Indian journal of veterinary science and animal husbandry - Volume 12,
Year: 1942
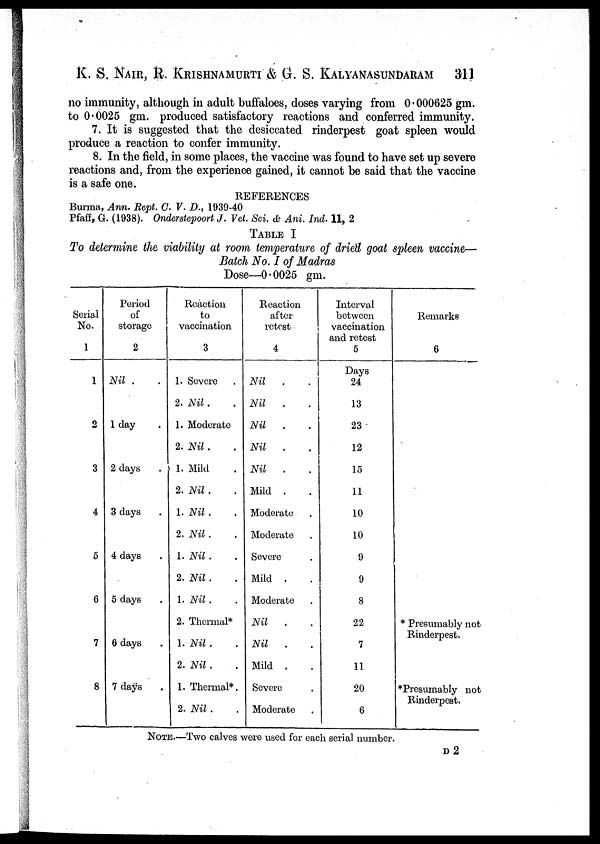
K. S. NAIR, R. KRISHNAMURTI & G. S. KALYANASUNDARAM 311
no immunity, although in adult buffaloes, doses varying from 0.000625 gm.
to 0.0025 gm. produced satisfactory reactions and conferred immunity.
7. It is suggested that the desiccated rinderpest goat spleen would
produce a reaction to confer immunity.
8. In the field, in some places, the vaccine was found to have set up severe
reactions and, from the experience gained, it cannot be said that the vaccine
is a safe one.
REFERENCES
Burma, Ann. Rept. C. V. D., 1939-40
Pfaff, G. (1938). Onderstepoort J. Vet. Sci. & Ani. Ind. 11, 2
TABLE I
To determine the viability at room temperature of dried goat spleen vaccine—
Batch No. I of Madras
Dose—0.0025 gm.
Serial
No.
1
1
2
3
4
5
6
7
8
Period
of
storage
2
Nil . .
1 day
2 days
3 days
4 days
5 days
6 days
7 days
Reaction
to
vaccination
3
1. Severe
2. Nil.
1. Moderate
2. Nil .
1. Mild
2. Nil .
1. Nil.
2. Nil .
1. Nil .
2. Nil .
1. Nil .
2. Thermal*
1. Nil . .
2. Nil . .
1. Thermal*.
2. Nil .
Reaction
after
retest
4
Nil
.
Nil
.
Nil
.
Nil
.
Nil
.
Mild .
Moderate .
Moderate .
Severe .
Mild .
Moderate
Nil . .
Nil . .
Mild .
Severe
Moderate .
Interval
between
vaccination
and retest
5
Days
24
13
23
12
15
11
10
10
9
9
8
22
7
11
20
6
Remarks
6
* Presumably not
Rinderpest.
*Presumably not
Rinderpest.
NOTE.—Two calves were used for each serial number.
D 2